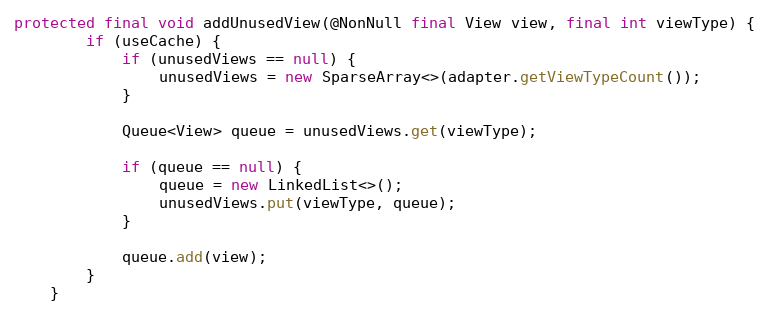
Language: Java
protected final void addUnusedView(@NonNull final View view, final int viewType) {
        if (useCache) {
            if (unusedViews == null) {
                unusedViews = new SparseArray<>(adapter.getViewTypeCount());
            }

            Queue<View> queue = unusedViews.get(viewType);

            if (queue == null) {
                queue = new LinkedList<>();
                unusedViews.put(viewType, queue);
            }

            queue.add(view);
        }
    }